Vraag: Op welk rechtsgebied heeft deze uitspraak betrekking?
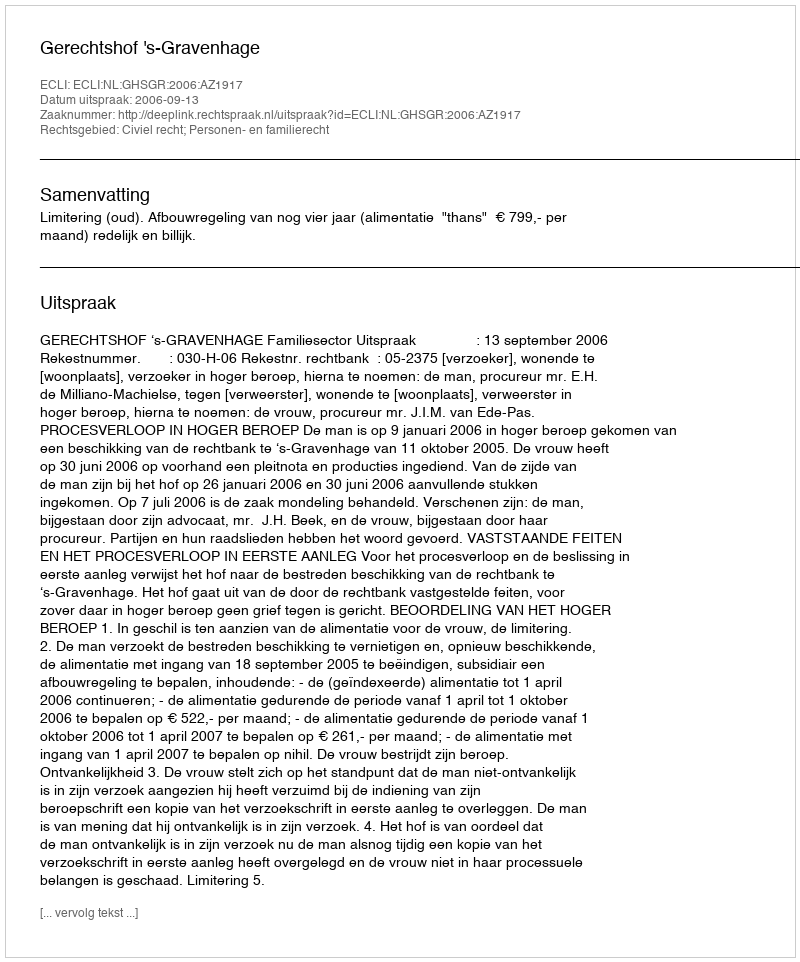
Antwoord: Civiel recht; Personen- en familierecht